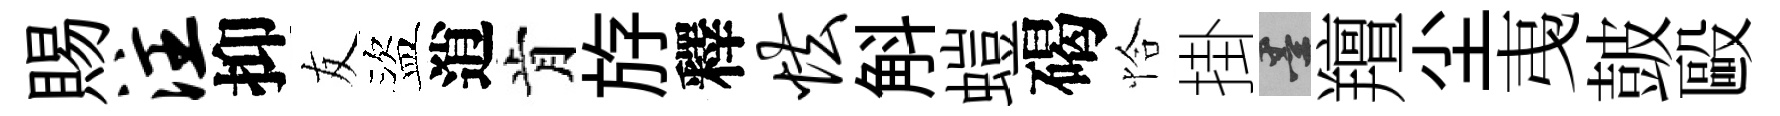
賜注抑友盜逍肯斿釋怯斛螘碣恰掛墨羶尘𢎯皷毆